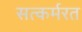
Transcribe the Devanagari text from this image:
सत्कर्मरत